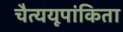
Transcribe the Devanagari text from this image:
चैत्ययूपांकिता